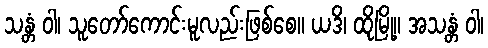
သန္တံ ဝါ၊ သူတော်ကောင်းမူလည်းဖြစ်စေ။ ယဒိ၊ ထိုမြို့။ အသန္တံ ဝါ၊